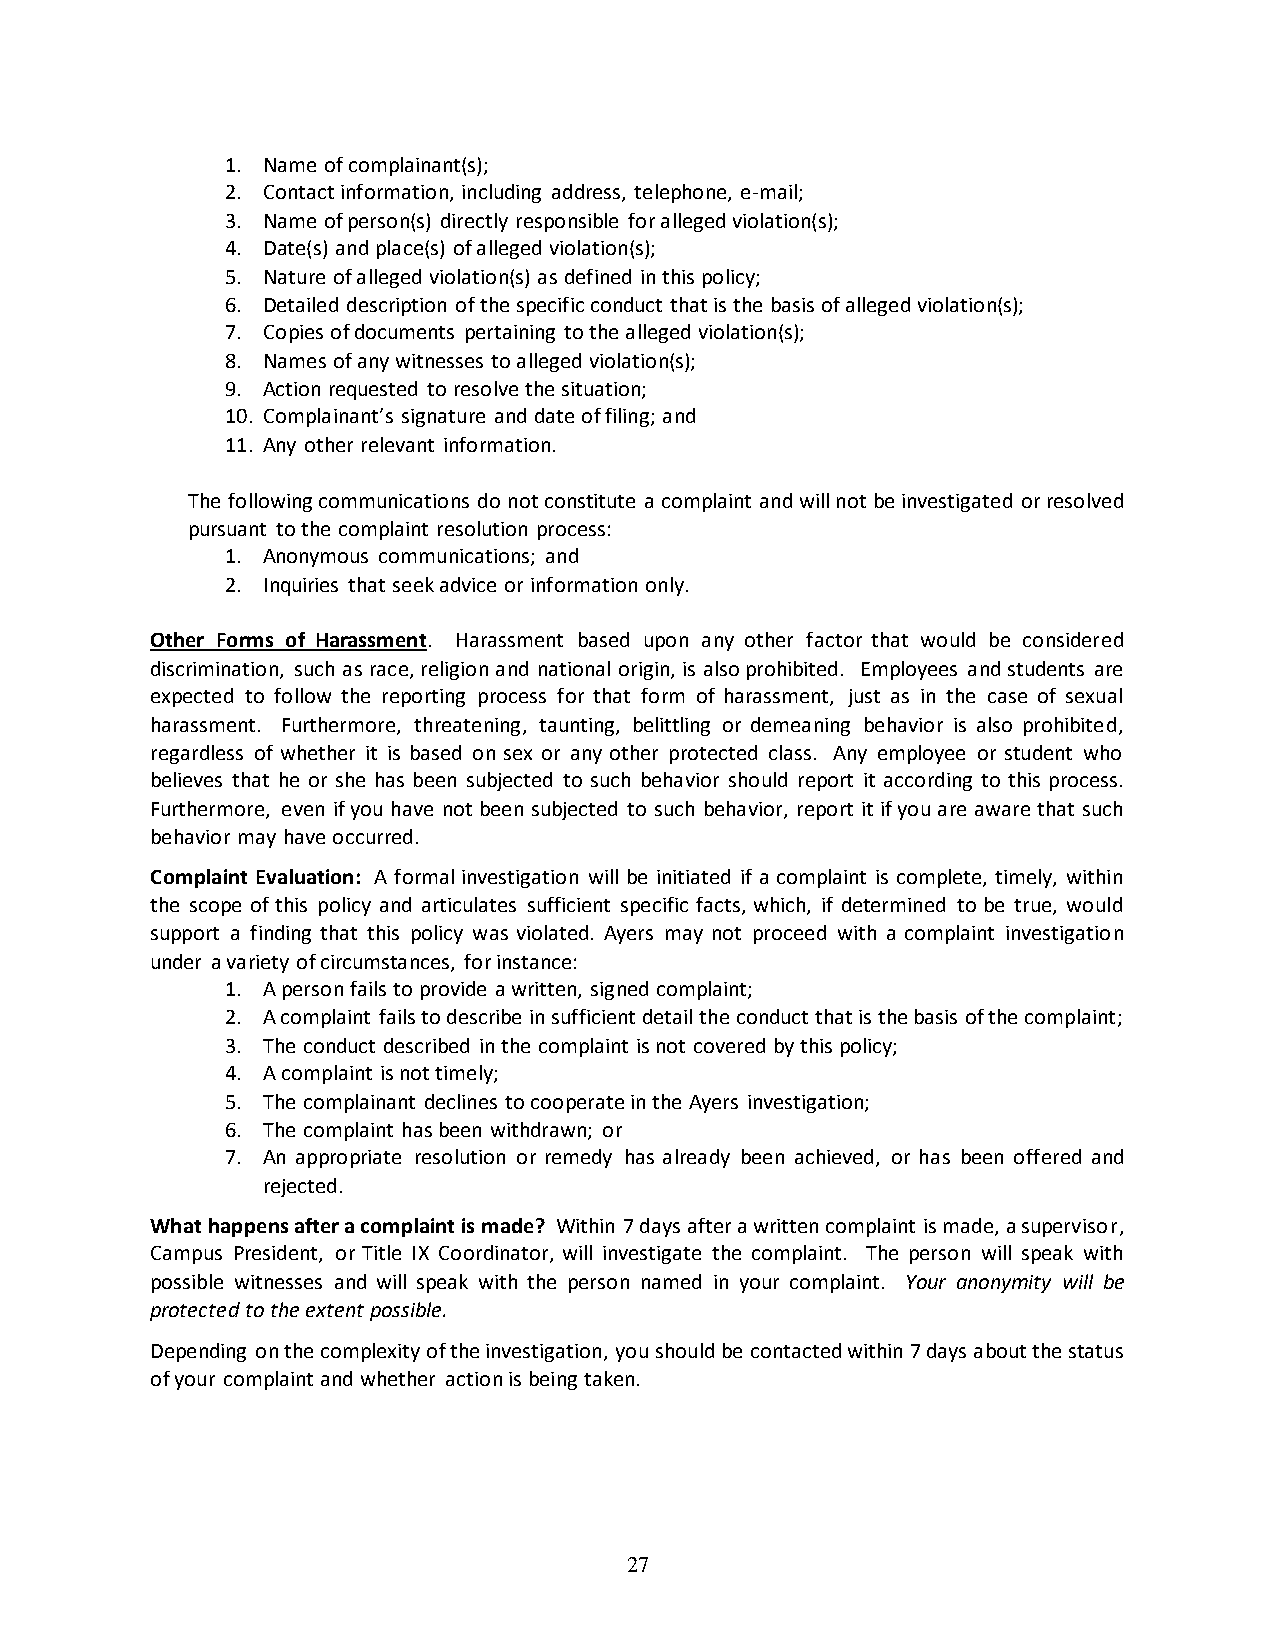
1. Name of complainant(s);
 2. Contact information, including address, telephone, e-mail;
 3. Name of person(s) directly responsible for alleged violation(s);
 4. Date(s) and place(s) of alleged violation(s);
 5. Nature of alleged violation(s) as defined in this policy;
 6. Detailed description of the specific conduct that is the basis of alleged violation(s);
 7. Copies of documents pertaining to the alleged violation(s);
 8. Names of any witnesses to alleged violation(s);
 9. Action requested to resolve the situation;
 10. Complainant’s signature and date of filing; and
 11. Any other relevant information.
 The following communications do not constitute a complaint and will not be investigated or resolved
 pursuant to the complaint resolution process:
 1. Anonymous communications; and
 2. Inquiries that seek advice or information only.
 Other Forms of Harassment. Harassment based upon any other factor that would be considered
 discrimination, such as race, religion and national origin, is also prohibited. Employees and students are
 expected to follow the reporting process for that form of harassment, just as in the case of sexual
 harassment. Furthermore, threatening, taunting, belittling or demeaning behavior is also prohibited,
 regardless of whether it is based on sex or any other protected class. Any employee or student who
 believes that he or she has been subjected to such behavior should report it according to this process.
 Furthermore, even if you have not been subjected to such behavior, report it if you are aware that such
 behavior may have occurred.
 Complaint Evaluation: A formal investigation will be initiated if a complaint is complete, timely, within
 the scope of this policy and articulates sufficient specific facts, which, if determined to be true, would
 support a finding that this policy was violated. Ayers may not proceed with a complaint investigation
 under a variety of circumstances, for instance:
 1. A person fails to provide a written, signed complaint;
 2. A complaint fails to describe in sufficient detail the conduct that is the basis of the complaint;
 3. The conduct described in the complaint is not covered by this policy;
 4. A complaint is not timely;
 5. The complainant declines to cooperate in the Ayers investigation;
 6. The complaint has been withdrawn; or
 7. An appropriate resolution or remedy has already been achieved, or has been offered and
 rejected.
 What happens after a complaint is made? Within 7 days after a written complaint is made, a supervisor,
 Campus President, or Title IX Coordinator, will investigate the complaint. The person will speak with
 possible witnesses and will speak with the person named in your complaint. Your anonymity will be
 protected to the extent possible.
 Depending on the complexity of the investigation, you should be contacted within 7 days about the status
 of your complaint and whether action is being taken.
 27